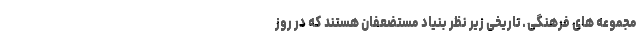
مجموعه های فرهنگی ـ تاریخی زیر نظر بنیاد مستضعفان هستند که در روز